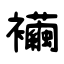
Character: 襺